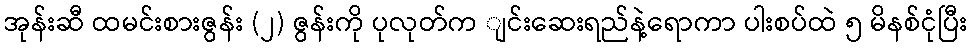
အုန်းဆီ ထမင်းစားဇွန်း (၂) ဇွန်းကို ပုလုတ်က ျင်းဆေးရည်နဲ့ရောကာ ပါးစပ်ထဲ ၅ မိနစ်ငုံပြီး